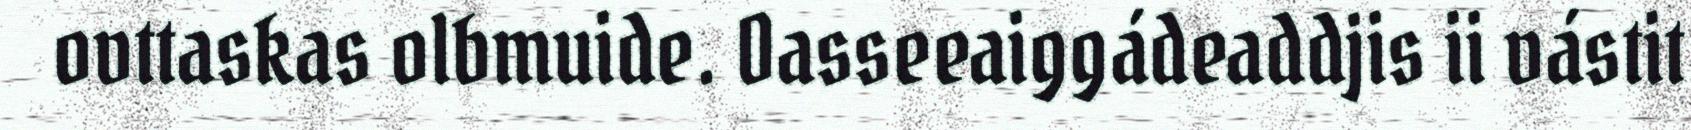
ovttaskas olbmuide. Oasseeaiggádeaddjis ii vástit